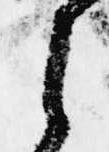
之